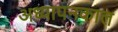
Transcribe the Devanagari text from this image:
अध्यापनकाल